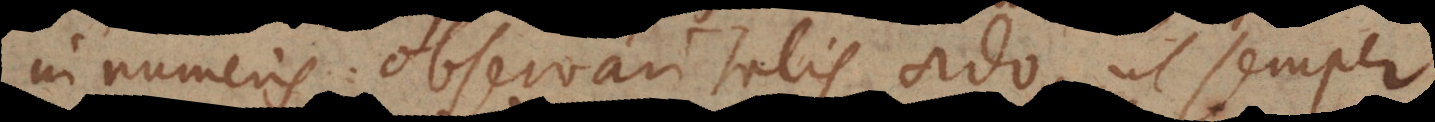
in numeris observari talis ordo, ut semper